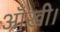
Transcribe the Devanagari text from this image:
आँखी।